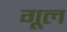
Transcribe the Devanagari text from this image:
गूल